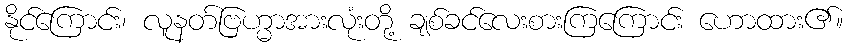
နိုင်ကြောင်း၊ လူနတ်ဗြဟ္မာအားလုံးတို့ ချစ်ခင်လေးစားကြကြောင်း ဟောထား၏။